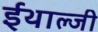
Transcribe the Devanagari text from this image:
ईथाल्जी